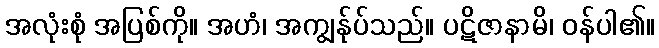
အလုံးစုံ အပြစ်ကို။ အဟံ၊ အကျွန်ုပ်သည်။ ပဋိဇာနာမိ၊ ဝန်ပါ၏။